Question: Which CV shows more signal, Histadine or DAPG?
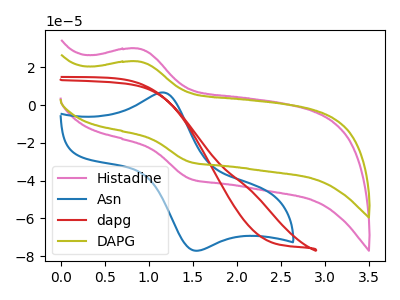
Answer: <think>The pink curve "Histadine" has an anodic peak at (0.90V, 29.85uA) and a cathodic peak at (1.45V, -39.10uA). The blue curve "Asn" has an anodic peak at (1.15V, 6.65uA) and a cathodic peak at (1.55V, -77.10uA). The red curve "dapg" has no peaks. The olive curve "DAPG" has an anodic peak at (0.90V, 23.05uA) and a cathodic peak at (1.45V, -30.20uA).
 All the peaks in "Histadine" have a peak in "DAPG" at the same potential. Every peak in "Histadine" is higher than every peak in "DAPG".</think>
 <answer>"Histadine" has more signal than "DAPG".</answer>
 <eval>more_signal</eval>